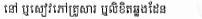
នៅ ឬសៀវភៅគ្រួសារ ឬលិខិតឆ្លងដែន